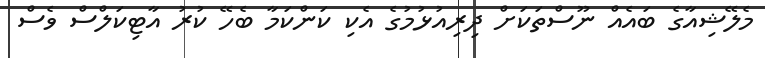
މެލޭޝިއާގެ ބައެއް ނޫސްތަކަށް ދިރިއުޅުމުގެ އެކި ކަންކަމާ ބެހޭ ކުރު އާޓިކަލްސް ވެސް